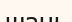
шань